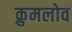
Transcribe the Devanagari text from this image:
क्रुमलोव